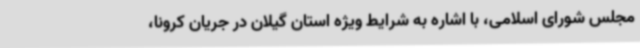
مجلس شورای اسلامی، با اشاره به شرایط ویژه استان گیلان در جریان کرونا،